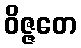
ဝိဇ္ဇတေ